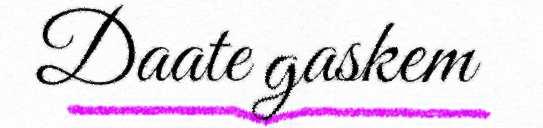
Daate gaskem